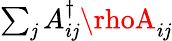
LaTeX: \textstyle\sum_{\mathit{j}}A_{i\mathit{j}}^{\dagger}\rhoA_{i\mathit{j}}